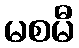
မစမီ